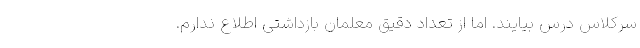
سرکلاس درس بیایند. اما از تعداد دقیق معلمان بازداشتی اطلاع ندارم.